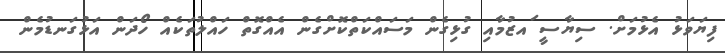
ފިޔަވަޅު އެޅުމަށް. ސިޔާސީ ައޒުމާއި ގުޅިގެން މަސައްކަތްކޮށްގެން އެއްގޮތް ހައްލުތަކެއް ހޯދަން އަޅުގަނޑުމެން